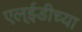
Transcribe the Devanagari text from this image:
एल्ईडीच्या